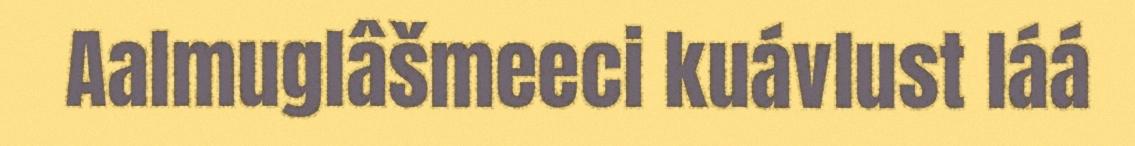
Aalmuglâšmeeci kuávlust láá